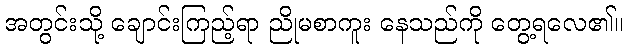
အတွင်းသို့ ချောင်းကြည့်ရာ ညိုမစာကူး နေသည်ကို တွေ့ရလေ၏။